Memorandum on the prevention of leprosy by segregation of the affected
Disease focus: Leprosy
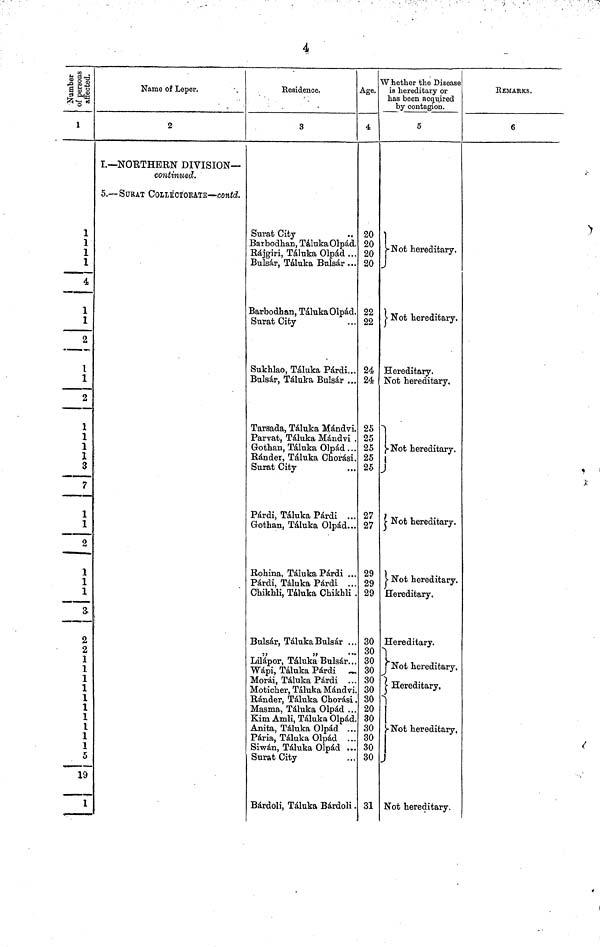
4
affected.
1
1
1
1
1
4
1
1
2
1
1
2
1
1
I
1
3
7
1
1
2
1
1
1
3
2
2
1
1
1
1
1
1
1
1
1
1
5
19
1
Name of Leper.
2
I.— NORTHERN DIVISION—
continued.
5. — SURAT COLLECTORATE — Contd.
Residence.
3
Surat City
Barbodhan, Táluka Olpad.
Rájgiri, Táluka Olpad ...
Bulsar, Táluka Bulsar ...
Barbodhan, Táluka Olpád.
Surat City
Sukhlao, Táluka Párdi,..
Bulsar, Táluka Bulsar ...
Tarsada, Táluka Mándvi.
Parvat, Táluka Mdndvi .
Gothan, Táluka Olpad ...
Ránder, Táluka Chorasi.
Surat City
Párdi, Táluka Párdi ...
Gothan, Táluka Olpad...
Robina, Táluka Párdi ...
Párdi, Táluka Párdi ..
Chikbli, Táluka Chikbli
Bulsar, Táluka Bulsar ..
"
Lilápor, Táluka Bulsár..
Wápi, Táluka
Párdi
Morái, Táluka Párdi ..
Moticher, Táluka Mándvi
Ránder, Táluka Chorasi
Masma, Táluka Olpád ..
Kim Amli, Táluka Olpad
Anita, Táluka Olpad
Pária, Táluka Olpad ..
Siwán, Táluka Olpád ..
Surat City
Bárdoli, Táluka Bárdoli
Age.
4
20
20
20
20
22
22
24
24
25
25
25
25
25
27
27
29
29
29
30
30
30
30
30
30
30
20
30
30
30
30
30
31
Whether the Disease
is hereditary or
has been acquired
by contagion.
5
Not hereditary.
Not hereditary.
Hereditary.
Not hereditary.
Not hereditary.
Not hereditary.
Not hereditary.
Hereditary.
Hereditary.
Not bereditary.
Hereditary,
1
Not hereditary,
Not hereditary.
REMARKS.
6